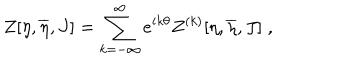
Z [ \eta , \overline { { { \eta } } } , J ] = \sum _ { k = - \infty } ^ { \infty } e ^ { i k \theta } Z ^ { ( k ) } [ \eta , \overline { { { \eta } } } , J ] \; ,